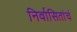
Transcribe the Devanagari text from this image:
निर्वासितांचं